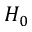
H _ { 0 }